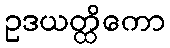
ဥဒယတ္ထိကော